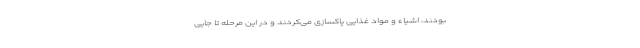
بودند، اشیاء و مواد غذایی پاکسازی می‌کردند و در این مرحله تا جایی